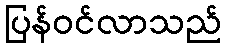
ပြန်ဝင်လာသည်